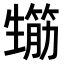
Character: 𤯸